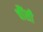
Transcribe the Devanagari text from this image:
चौंसी